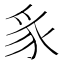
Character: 𮙥